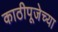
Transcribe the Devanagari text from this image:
काठीपूजेच्या